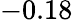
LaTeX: -0.18